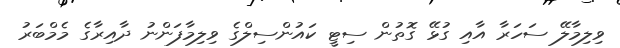
ވިލިމާލޭ ސަހަރާ އާއި ގުޅޭ ގޮތުން ސިޓީ ކައުންސިލްގެ ވިލިމާފަންނު ދާއިރާގެ މެމްބަރު